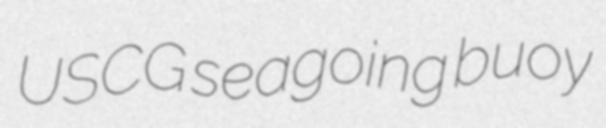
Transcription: USCG seagoing buoy